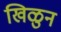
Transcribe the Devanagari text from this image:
खिळुन